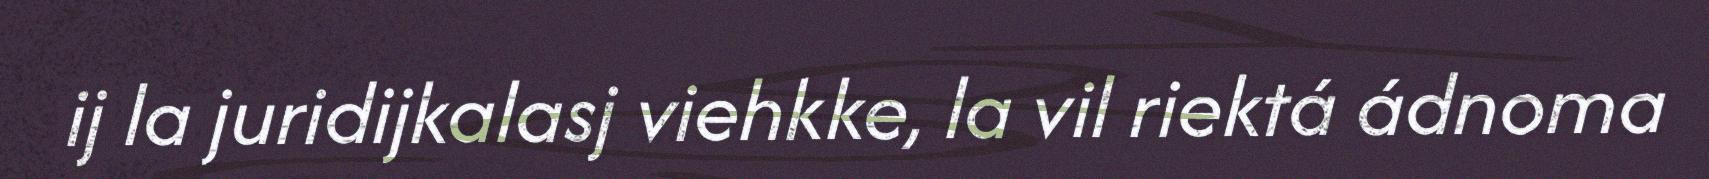
ij la juridijkalasj viehkke, la vil riektá ádnoma